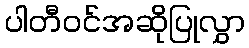
ပါတီဝင်အဆိုပြုလွှာ